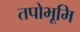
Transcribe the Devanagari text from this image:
तपोभूमि